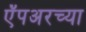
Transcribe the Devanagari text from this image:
ऍंपअरच्या